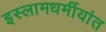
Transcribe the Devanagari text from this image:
इस्लामधर्मीयांत